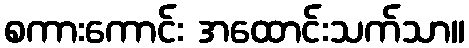
စကားကောင်း အထောင်းသက်သာ။